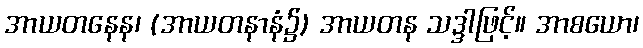
အာယတနေန၊ (အာယတနာနံ၌) အာယတန သဒ္ဒါဖြင့်။ အာစယော၊